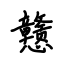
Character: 戆